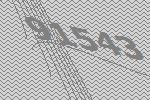
91543